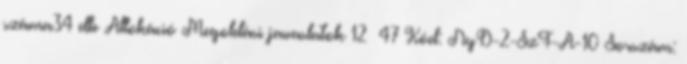
száma34 db Allokáció Megoldási javaslatok 12 47 Kód: NyD-2-SzF-A-10 Sorszám: